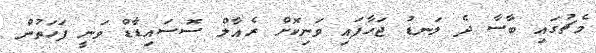
މެޗުގައި ބާސާ ދެ ލަނޑު ޖަހާފައި ވަނިކޮށް ރެއާލް ސޮސައިޑާޑް ވަނީ ފަހަތުން